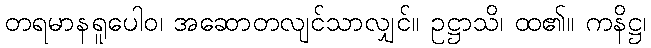
တရမာနရူပေါဝ၊ အဆောတလျင်သာလျှင်။ ဥဋ္ဌာသိ၊ ထ၏။ ကနိဋ္ဌ၊